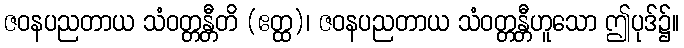
ဇဝနပညတာယ သံဝတ္တန္တီတိ (ဧတ္ထ)၊ ဇဝနပညတာယ သံဝတ္တန္တီဟူသော ဤပုဒ်၌။